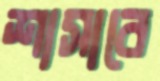
শাসাবে